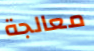
معالجة